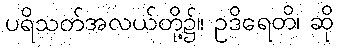
ပရိသတ်အလယ်တို့၌။ ဥဒိရေတိ၊ ဆို